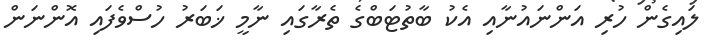
ލައިގެން ހުރި އަންނައުނާއި އެކު ބާތުޓަބްގެ ތެރާގައި ނާމީ ޚަބަރު ހުސްވެފައި އޮންނަން